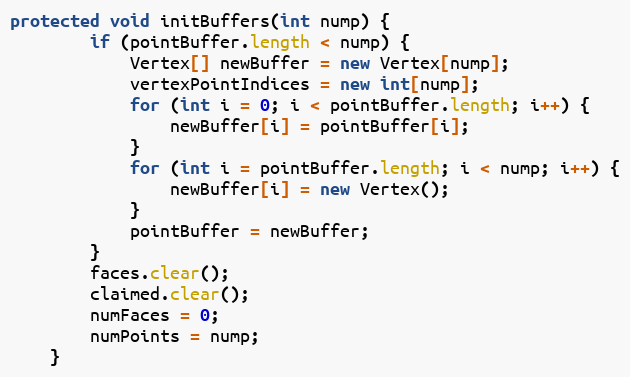
Language: Java
protected void initBuffers(int nump) {
        if (pointBuffer.length < nump) {
            Vertex[] newBuffer = new Vertex[nump];
            vertexPointIndices = new int[nump];
            for (int i = 0; i < pointBuffer.length; i++) {
                newBuffer[i] = pointBuffer[i];
            }
            for (int i = pointBuffer.length; i < nump; i++) {
                newBuffer[i] = new Vertex();
            }
            pointBuffer = newBuffer;
        }
        faces.clear();
        claimed.clear();
        numFaces = 0;
        numPoints = nump;
    }